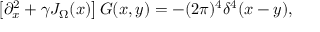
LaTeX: \left[ \partial _ { x } ^ { 2 } + \gamma J _ { \Omega } ( x ) \right] G ( x , y ) = - ( 2 \pi ) ^ { 4 } \delta ^ { 4 } ( x - y ) ,